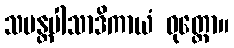
သမန္တပါသာဒိကာယံ ဝုတ္တော။